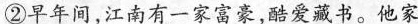
②早年间，江南有一家富豪，酷爱藏书。他家